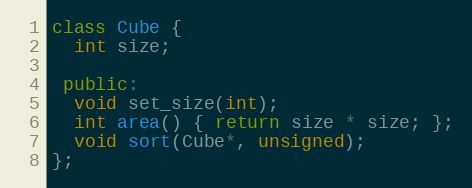
Language: C++
class Cube {
  int size;

 public:
  void set_size(int);
  int area() { return size * size; };
  void sort(Cube*, unsigned);
};